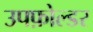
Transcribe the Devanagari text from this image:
उपफ़ोल्डर